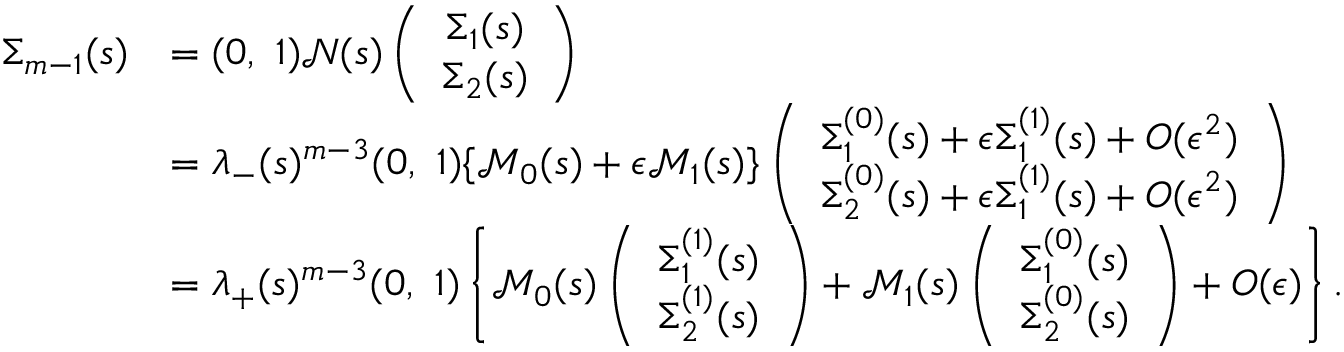
\begin{array} { r l } { \Sigma _ { m - 1 } ( s ) } & { = ( 0 , \ 1 ) { \mathcal N } ( s ) \left( \begin{array} { c } { \Sigma _ { 1 } ( s ) } \\ { \Sigma _ { 2 } ( s ) } \end{array} \right) } \\ & { = \lambda _ { - } ( s ) ^ { m - 3 } ( 0 , \ 1 ) \{ { \mathcal M } _ { 0 } ( s ) + \epsilon { \mathcal M } _ { 1 } ( s ) \} \left( \begin{array} { c } { \Sigma _ { 1 } ^ { ( 0 ) } ( s ) + \epsilon \Sigma _ { 1 } ^ { ( 1 ) } ( s ) + O ( \epsilon ^ { 2 } ) } \\ { \Sigma _ { 2 } ^ { ( 0 ) } ( s ) + \epsilon \Sigma _ { 1 } ^ { ( 1 ) } ( s ) + O ( \epsilon ^ { 2 } ) } \end{array} \right) } \\ & { = \lambda _ { + } ( s ) ^ { m - 3 } ( 0 , \ 1 ) \left\{ { \mathcal M } _ { 0 } ( s ) \left( \begin{array} { c } { \Sigma _ { 1 } ^ { ( 1 ) } ( s ) } \\ { \Sigma _ { 2 } ^ { ( 1 ) } ( s ) } \end{array} \right) + { \mathcal M } _ { 1 } ( s ) \left( \begin{array} { c } { \Sigma _ { 1 } ^ { ( 0 ) } ( s ) } \\ { \Sigma _ { 2 } ^ { ( 0 ) } ( s ) } \end{array} \right) + O ( \epsilon ) \right\} . } \end{array}